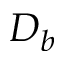
D _ { b }